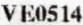
VE0514